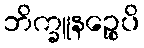
ဘိက္ခူနဉ္စေပိ